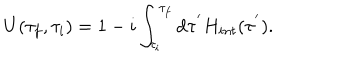
LaTeX: U ( \tau _ { f } , \tau _ { i } ) = 1 - i \int _ { \tau _ { i } } ^ { \tau _ { f } } \mathrm { d } \tau ^ { ' } H _ { i n t } ( \tau ^ { ' } ) .